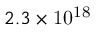
2 . 3 \times \mathrm { 1 0 ^ { 1 8 } }